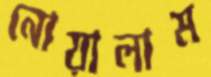
নোয়ালাম